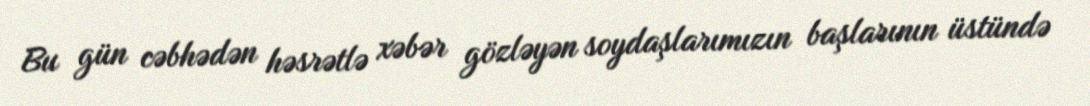
Bu gün cəbhədən həsrətlə xəbər gözləyən soydaşlarımızın başlarının üstündə